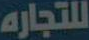
للتجاره